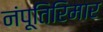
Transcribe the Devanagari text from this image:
नंपूतिरिमार